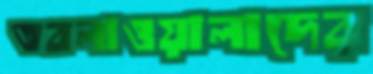
তবলাওয়ালাদের